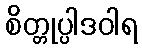
စိတ္တုပ္ပါဒဝါရ